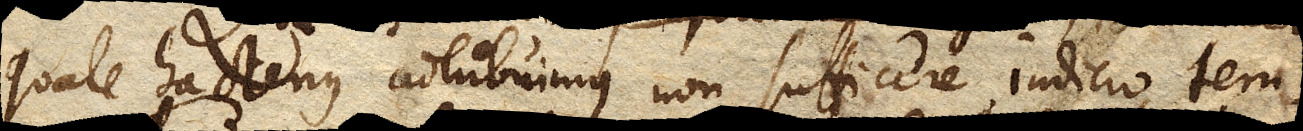
quale hactenus adhibuimus non sufficere indicio tem–